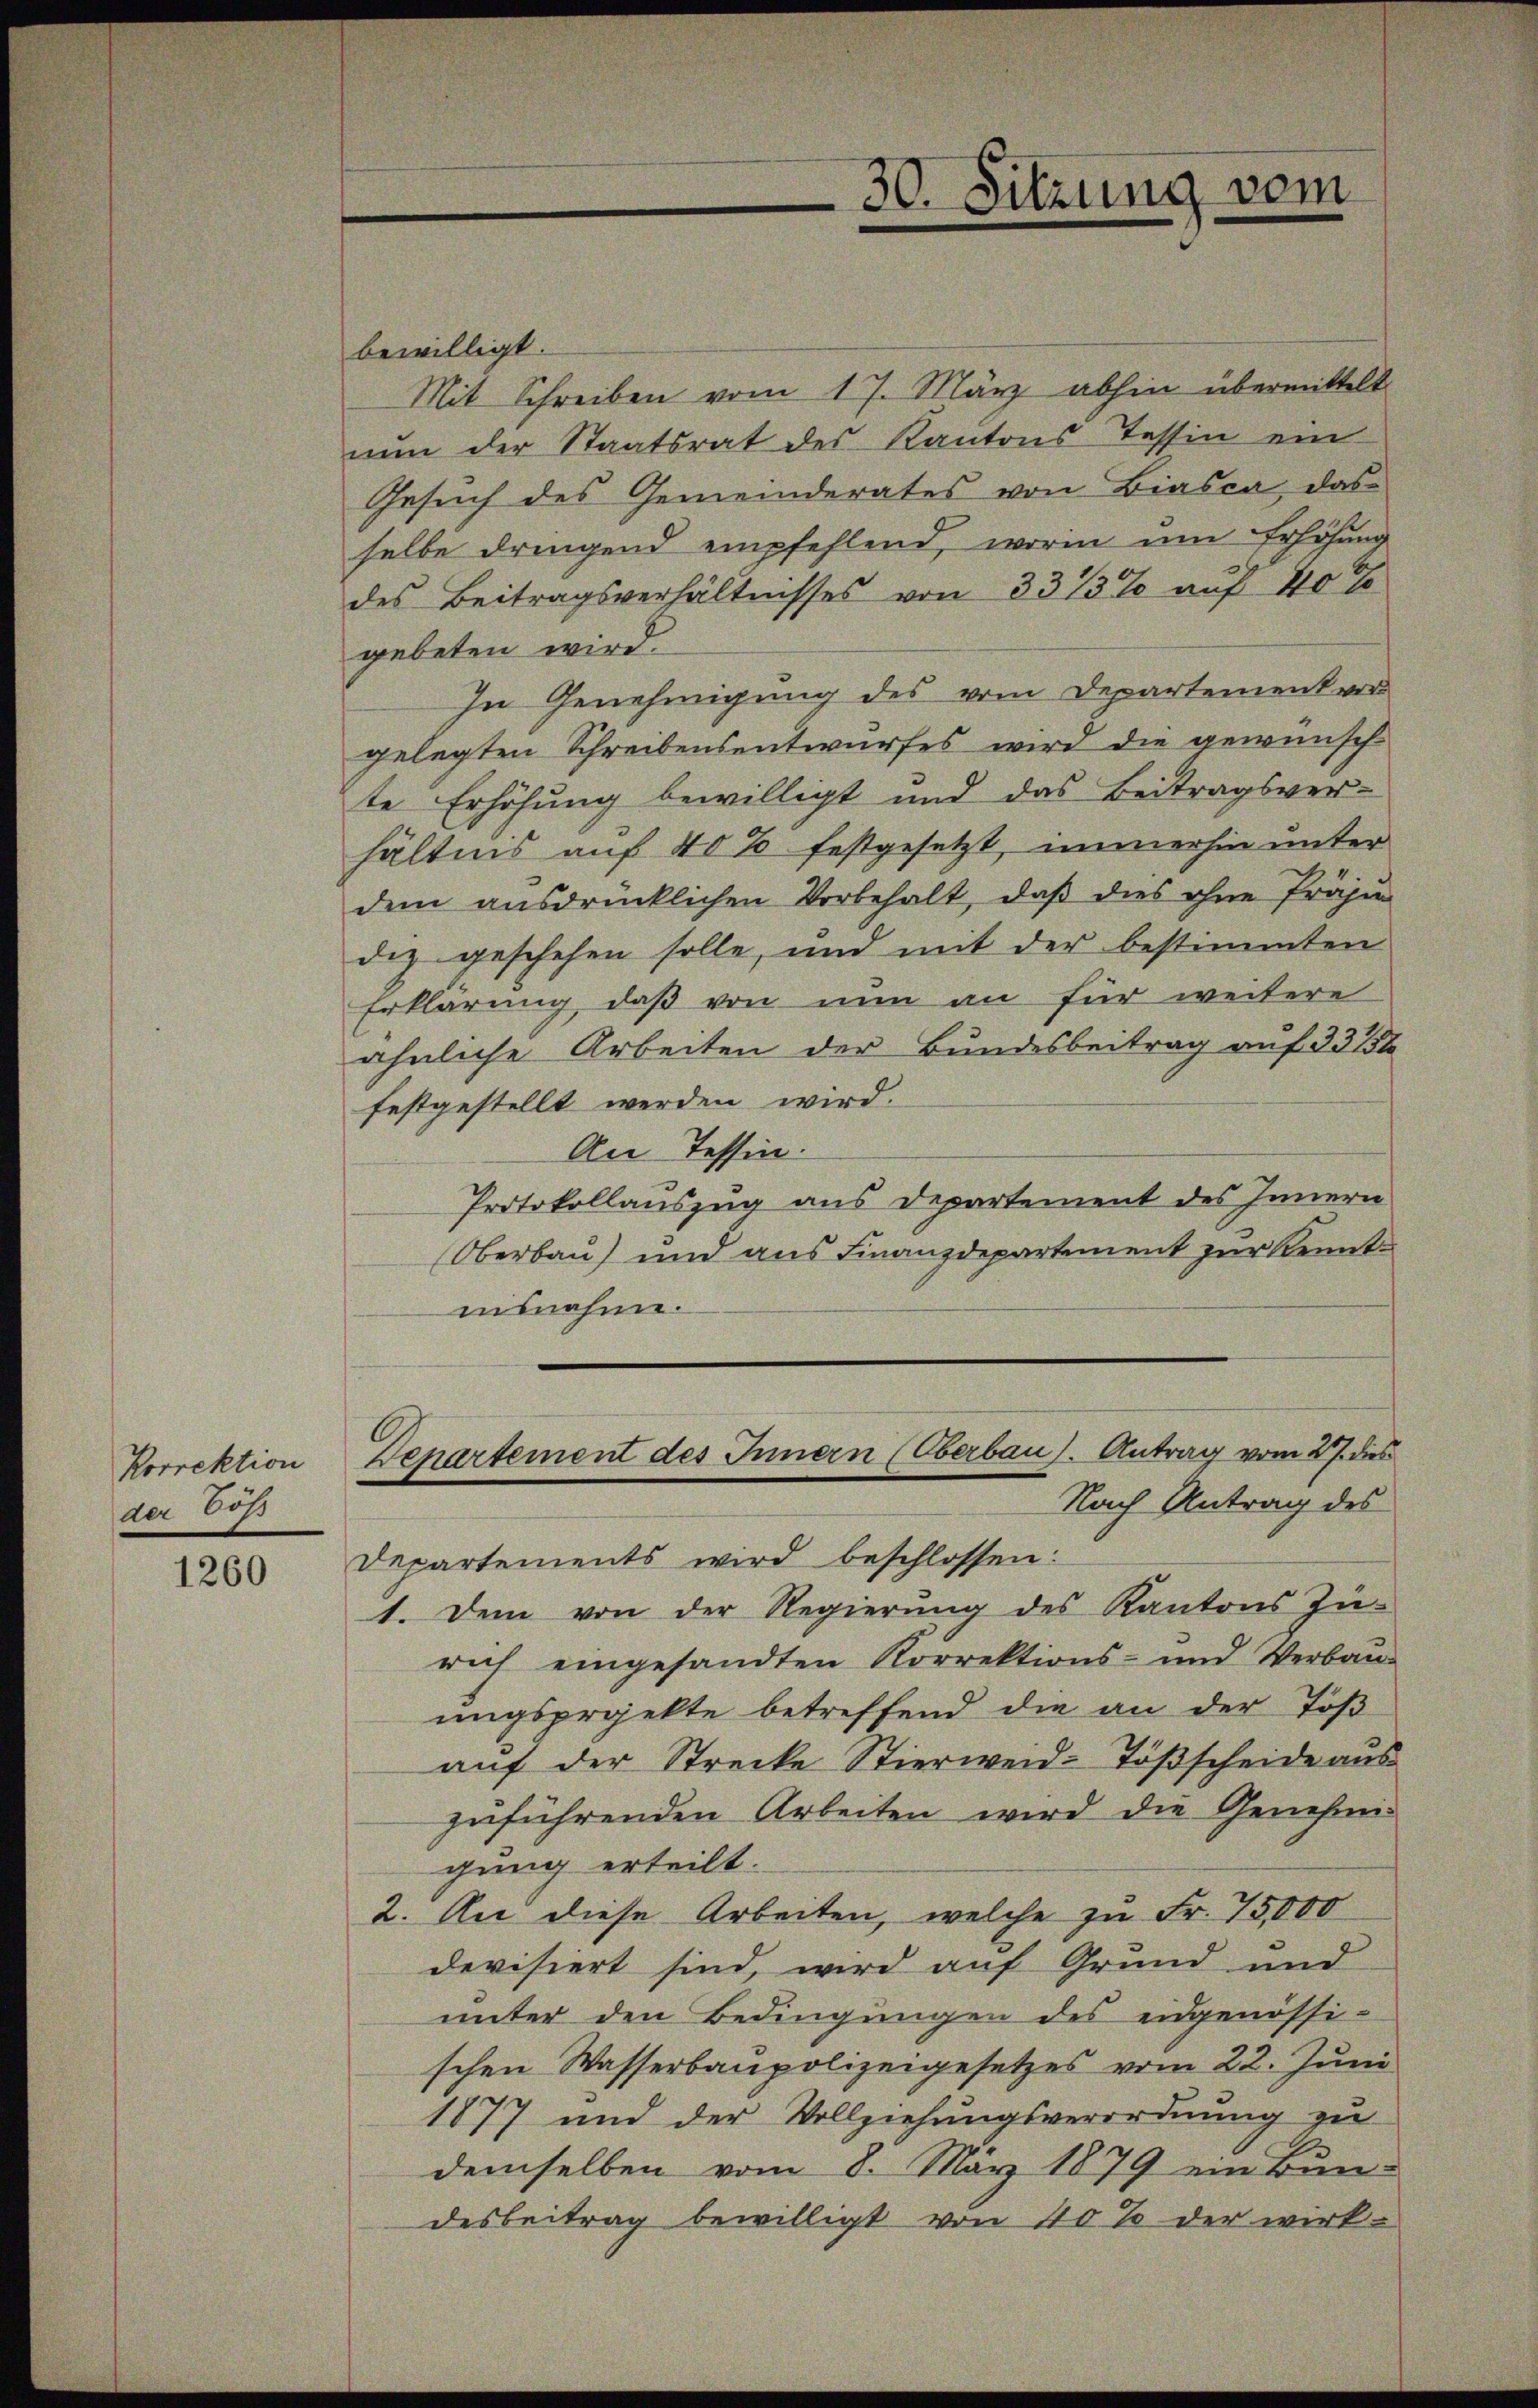
Korrektion
der Töß

1260

30. Sitzung vom

bewilligt.
Mit Schreiben vom 17. März abhin übermittelt
nŭn der Staatsrat des Kantons Tessin ein
Gesuch des Gemeinderates von Biasca, das
selbe dringend empfehlend, worin um Erhöhung
des Beitragsverhältnisses von 3313% auf 40 x
gebeten wird.
In Genehmigung des vom Departement ver-
gelegten Schreibensentwurfes wird die gewünsch
te Erhöhung bewilligt und das Beitragsver-
hältnis auf 40% festgesetzt, immerhin unter
dem ausdrücklichen Vorbehalt, daß dies ohne Präsi
diz geschehen solle, und mit der bestimmten
Erklärung, daß von nun an für weitere
ähnliche Arbeiten der Bundesbeitrag auf 331
festgestellt werden wird.
An Tessin.
Protokollauszug aus Departement des Innern
Oberbau) und aus Finanzdepartement zur Kenntensnahme.
Denartement des Innern (Oberbau). Antrag vom 27. dies
Nach Antrag des
Departements wird beschlossen:
1. Dem von der Regierŭng des Kantons Zü-
rich eingesandten Korrektions- und Verbau-
ungsprojekte betreffend die an der Töß
auf der Strecke Stierweid-Tößscheide aus
zuführenden Arbeiten wird die Genehmi-
gung erteilt.
2. An diese Arbeiten, welche zu Fr. 75,000
devisiert sind, wird auf Grund und
unter den Bedingungen des eidgenössi-
schen Wasserbaupolizeigesetzes vom 22. Juni
1877 und der Vollziehungsverordnung zu
demselben vom 8. März 1879 ein Bun-
desbeitrag bewilligt von 40% der wirk-